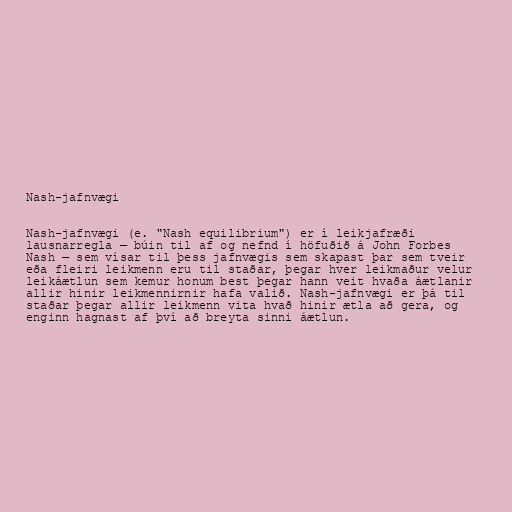
Nash-jafnvægi

Nash-jafnvægi (e. "Nash equilibrium") er í leikjafræði
lausnarregla — búin til af og nefnd í höfuðið á John Forbes
Nash — sem vísar til þess jafnvægis sem skapast þar sem tveir
eða fleiri leikmenn eru til staðar, þegar hver leikmaður velur
leikáætlun sem kemur honum best þegar hann veit hvaða áætlanir
allir hinir leikmennirnir hafa valið. Nash-jafnvægi er þá til
staðar þegar allir leikmenn vita hvað hinir ætla að gera, og
enginn hagnast af því að breyta sinni áætlun.